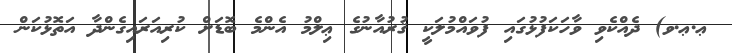
ޢ.ޢ.ވ) ދެއްކެވި ވާހަކަފުޅުގައި ފުވައްމުލަކީ ޤުރުއާނުގެ ޢިލްމު އެންމެ ބޮޑަށް ކުރިއަރައިގެންދާ އަތޮޅުކަން